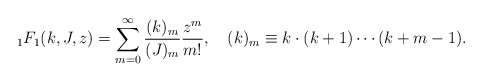
\begin{align*}{}_1F_1(k,J,z)=\sum_{m=0}^\infty\frac{(k)_m}{(J)_m}\frac{z^m}{m!},\quad(k)_m\equiv k\cdot(k+1)\cdots(k+m-1).\end{align*}